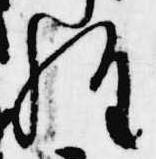
経